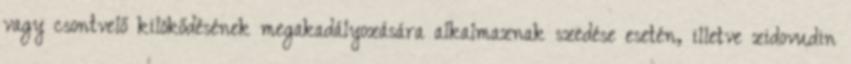
vagy csontvelő kilökődésének megakadályozására alkalmaznak szedése esetén, illetve zidovudin